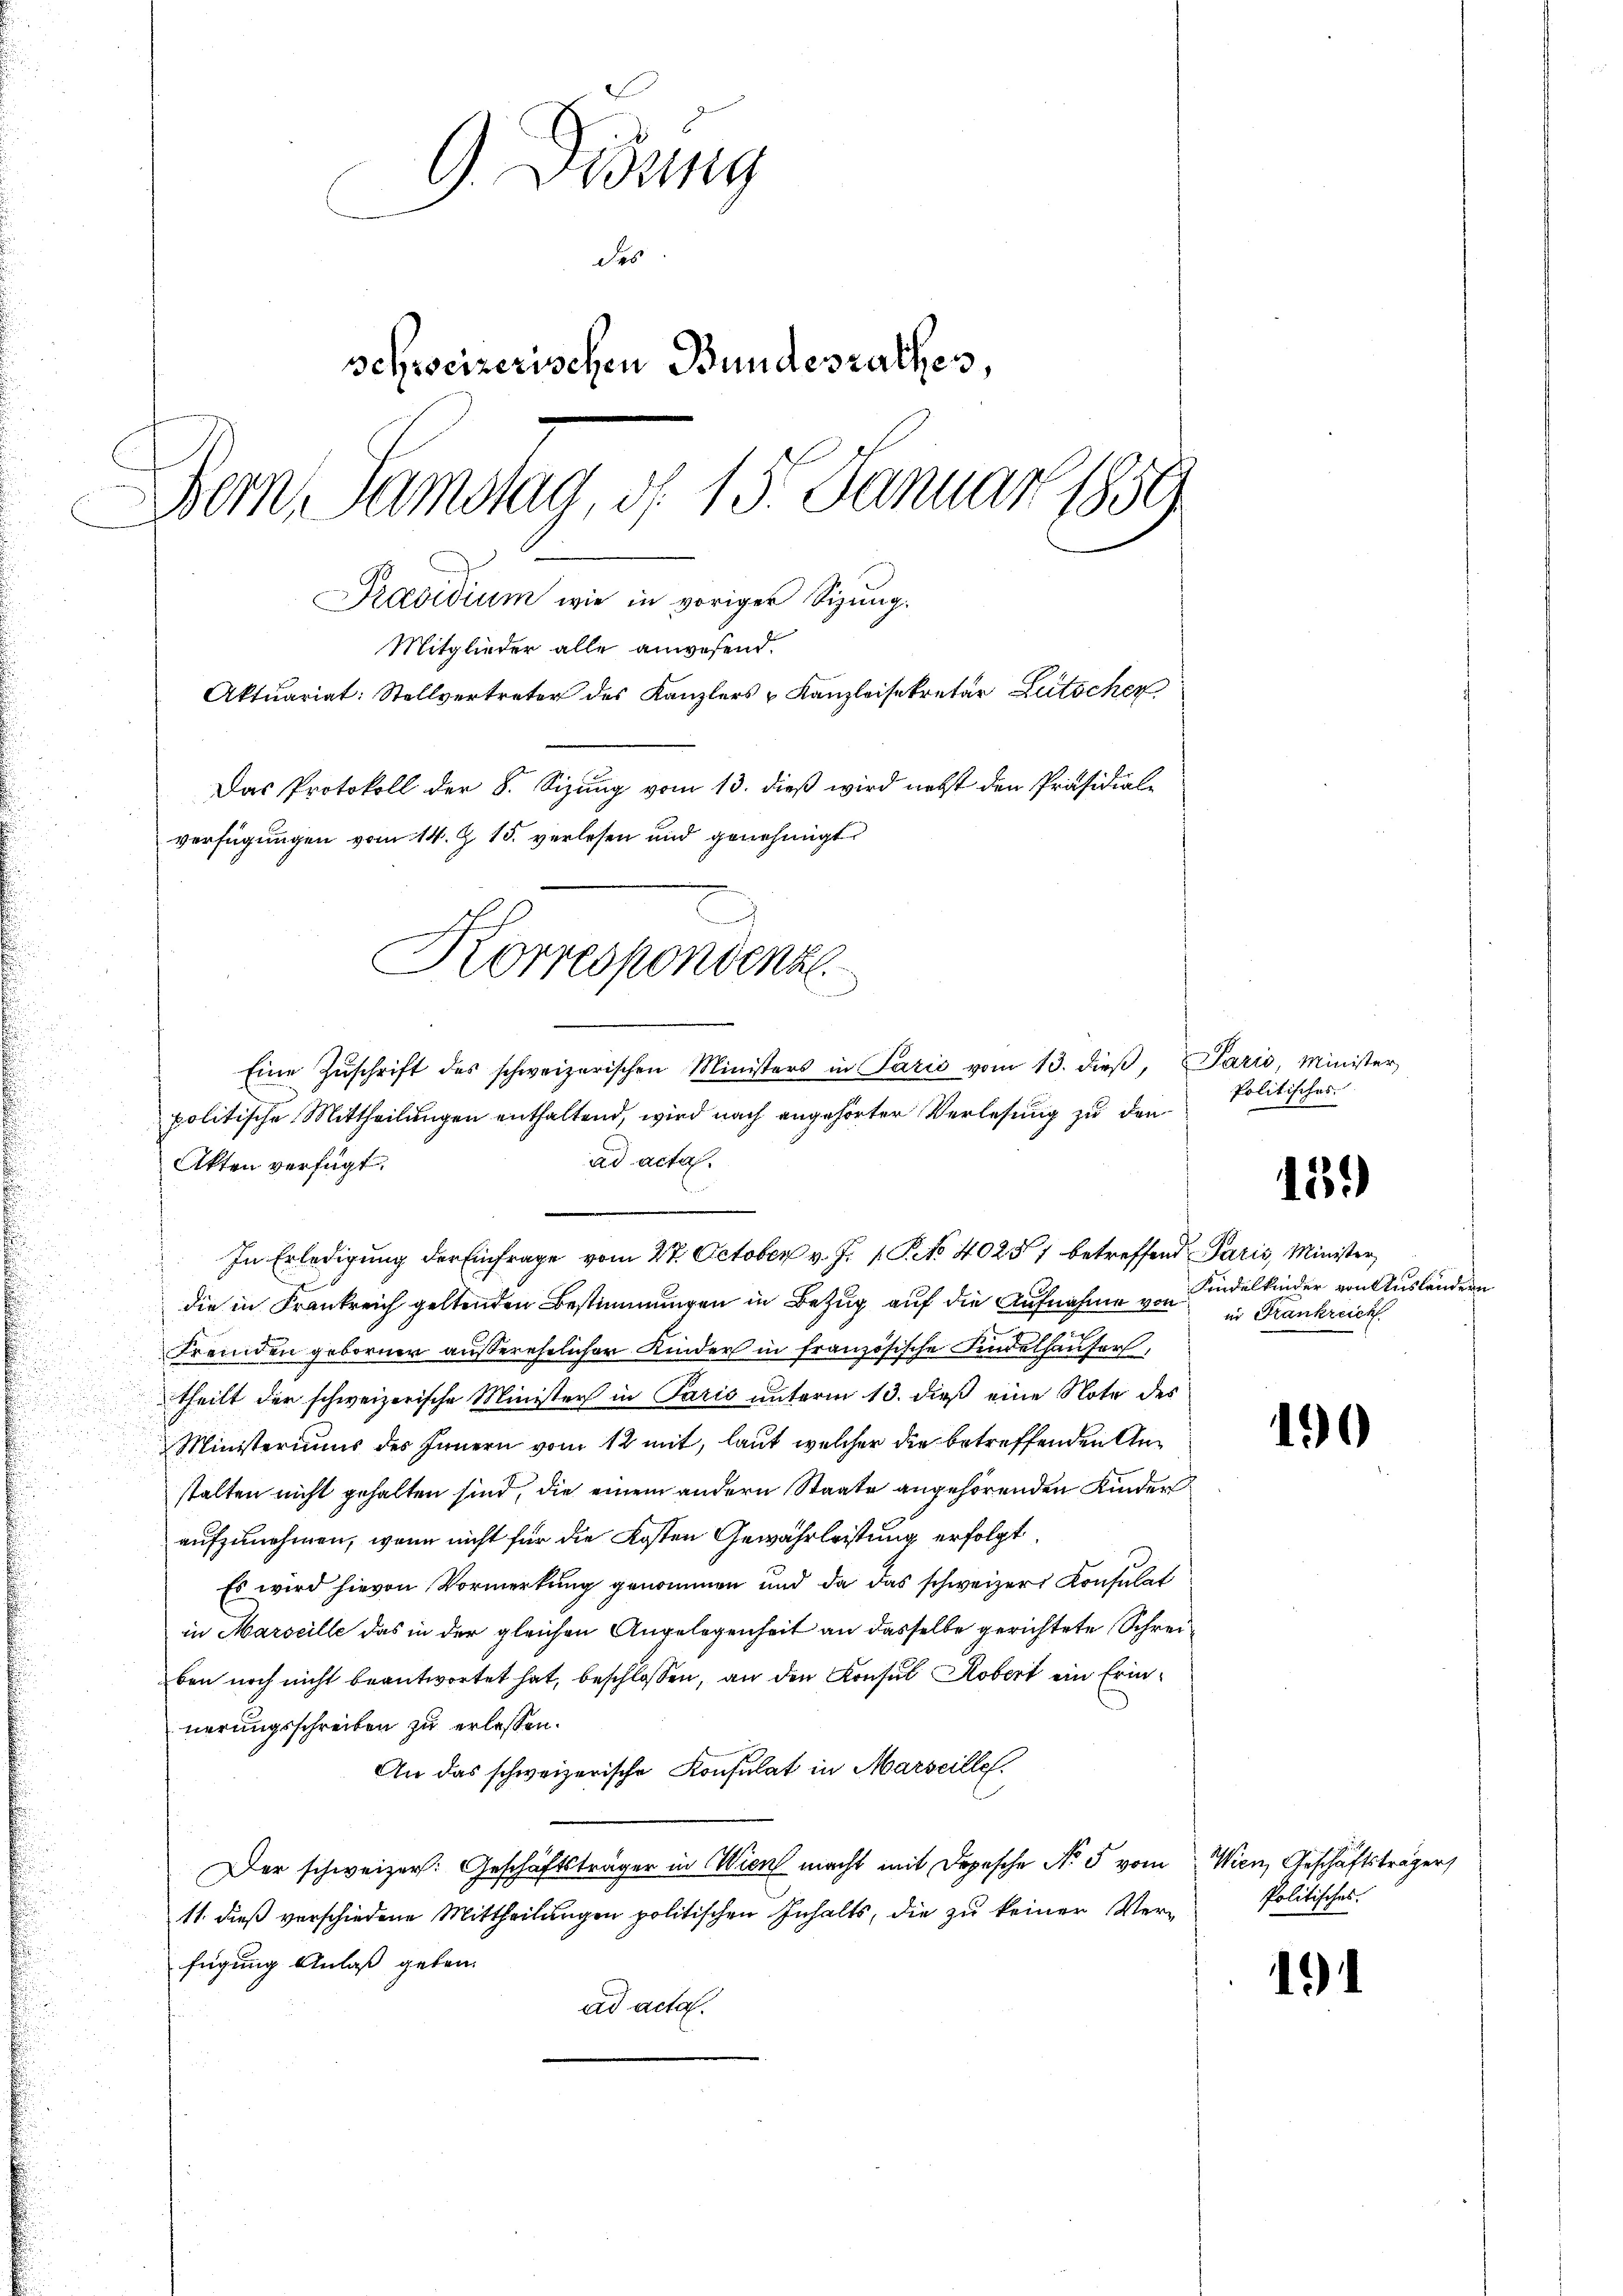
9 Didung
des
schweizerischen Bundesrathes,
Bern, Samstag, d. 13. Januar 1859
Pradidium wie in voriger Sizung.
Mitglieder alle anwesend.
Aktuariat: Stellvertreter des Kanzlers - Kanzleisekretär Litschen
Das Protokoll der 8. Sizung vom 13. dieß wird nebst den Präsidial-
verfügungen vom 14. Z. 15. verlesen und genehmigt

In Erledigung der Einfrage vom 27. October v. J. 1. Pro 40251 betreffend Paris, Minister,
die in Frankreich geltenden Bestimmungen in Bezug auf die Aufnahme von in Frankreich
Fremden geborner außerehelicher Kinder in französische Findelhauser,
theilt der schweizerische Minister in Paris unterm 13. dieß eine Note des
Ministeriums des Innern vom 12 mit, laut welcher die betreffenden Anstalten nicht gehalten sind, die einem andern Staate angehörenden Kinder
aufzunehmen, wenn nicht für die Kosten Gewährleistung erfolgt,
Es wird hievon Vormerkung genommen und da das schweizers Konsulat
in Marseille das in der gleichen Angelegenheit an dasselbe gerichtete Schreiben noch nicht beantwortet hat, beschlossen, an den Konsul Kobert ein Erinnerungsschreiben zu erlassen.
An das schweizerische Konsulat in Marseille.
Der schweizer. Geschäftsträger in Wien macht mit Depesche No 5 vom Wien, Geschäftsträger
11. dieß verschiedene Mittheilungen politischen Inhalts, die zu keiner Verfügung Anlaß geben.
ad acta.

Korrespondenz
Eine Zŭschrift des schweizerischen Ministers in Paris vom 13. dieβ, Paris, Minister
politische Mittheilungen enthaltend, wird nach angehörter Verlesung zu den
ad acta.
Akten verfügt,

Politisches

15.)

Kindelkinder von Ausländern

190

Politisches.

1